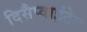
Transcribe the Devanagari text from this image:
दिसैप्वाइंटेड